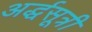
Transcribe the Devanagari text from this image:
अर्द्धसूत्री